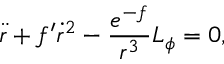
\ddot { r } + f ^ { \prime } \dot { r } ^ { 2 } - \frac { e ^ { - f } } { r ^ { 3 } } L _ { \phi } = 0 ,